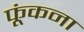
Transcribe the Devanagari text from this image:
फूंकना